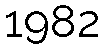
1982